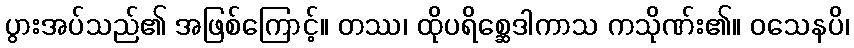
ပွားအပ်သည်၏ အဖြစ်ကြောင့်။ တဿ၊ ထိုပရိစ္ဆေဒါကာသ ကသိုဏ်း၏။ ဝသေနပိ၊